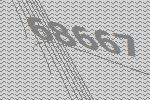
68667